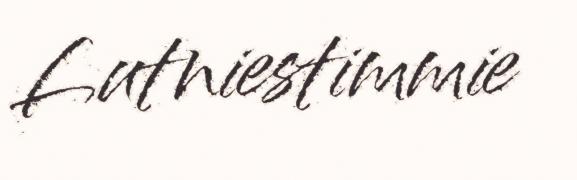
Lutniestimmie